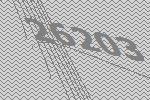
26203